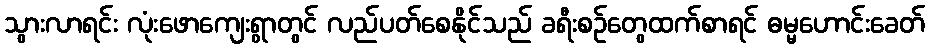
သွားလာရင်း လုံးဖောကျေးရွာတွင် လည်ပတ်စေနိုင်သည် ခရီးစဉ်တွေထက်စာရင် ဓမ္မဟောင်းခေတ်